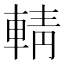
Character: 輤